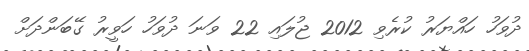
ދުވަހު ހައްޔަރު ކުރެވި 2012 ޖުލައި 22 ވަނަ ދުވަހު ހަވީރު ގޭބަންދަށް